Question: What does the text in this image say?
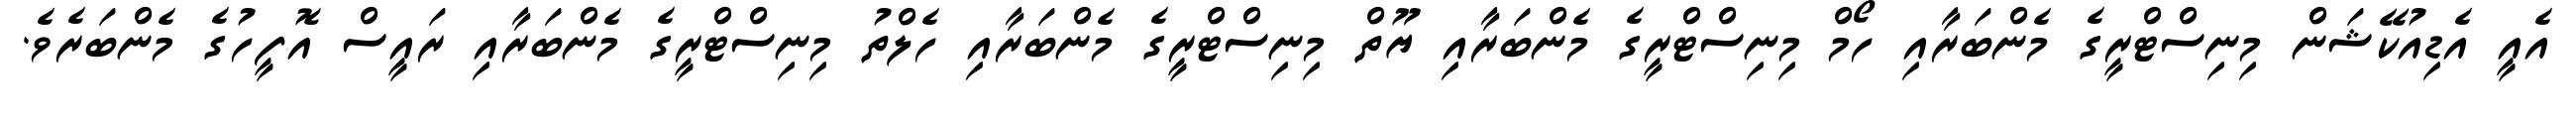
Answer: އެއީ އެޑިއުކޭޝަން މިނިސްޓްރީގެ މެންބަރާއި ހޯމް މިނިސްޓްރީގެ މެންބަރާއި ޔޫތް މިނިސްޓްރީގެ މެންބަރާއި ހެލްތު މިނިސްޓްރީގެ މެންބަރާއި ރައީސް އޮފީހުގެ މެންބަރެވެ.